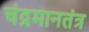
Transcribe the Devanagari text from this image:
चंद्रमानतंत्र